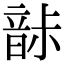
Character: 𩐡